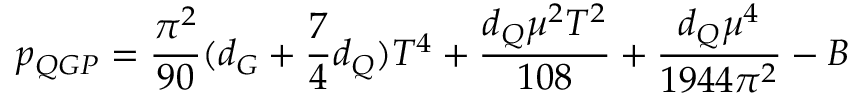
p _ { Q G P } = \frac { \pi ^ { 2 } } { 9 0 } ( d _ { G } + \frac { 7 } { 4 } d _ { Q } ) T ^ { 4 } + \frac { d _ { Q } \mu ^ { 2 } T ^ { 2 } } { 1 0 8 } + \frac { d _ { Q } \mu ^ { 4 } } { 1 9 4 4 \pi ^ { 2 } } - B